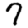
Digit: 7